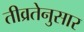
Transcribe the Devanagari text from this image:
तीव्रतेनुसार